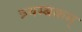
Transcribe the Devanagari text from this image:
त्र्यम्‍बकम्